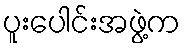
ပူးပေါင်းအဖွဲ့က